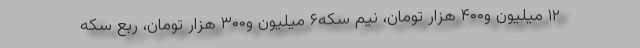
۱۲ میلیون و۴۰۰ هزار تومان، نیم سکه۶ میلیون و۳۰۰ هزار تومان، ربع سکه